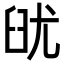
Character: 𦥣